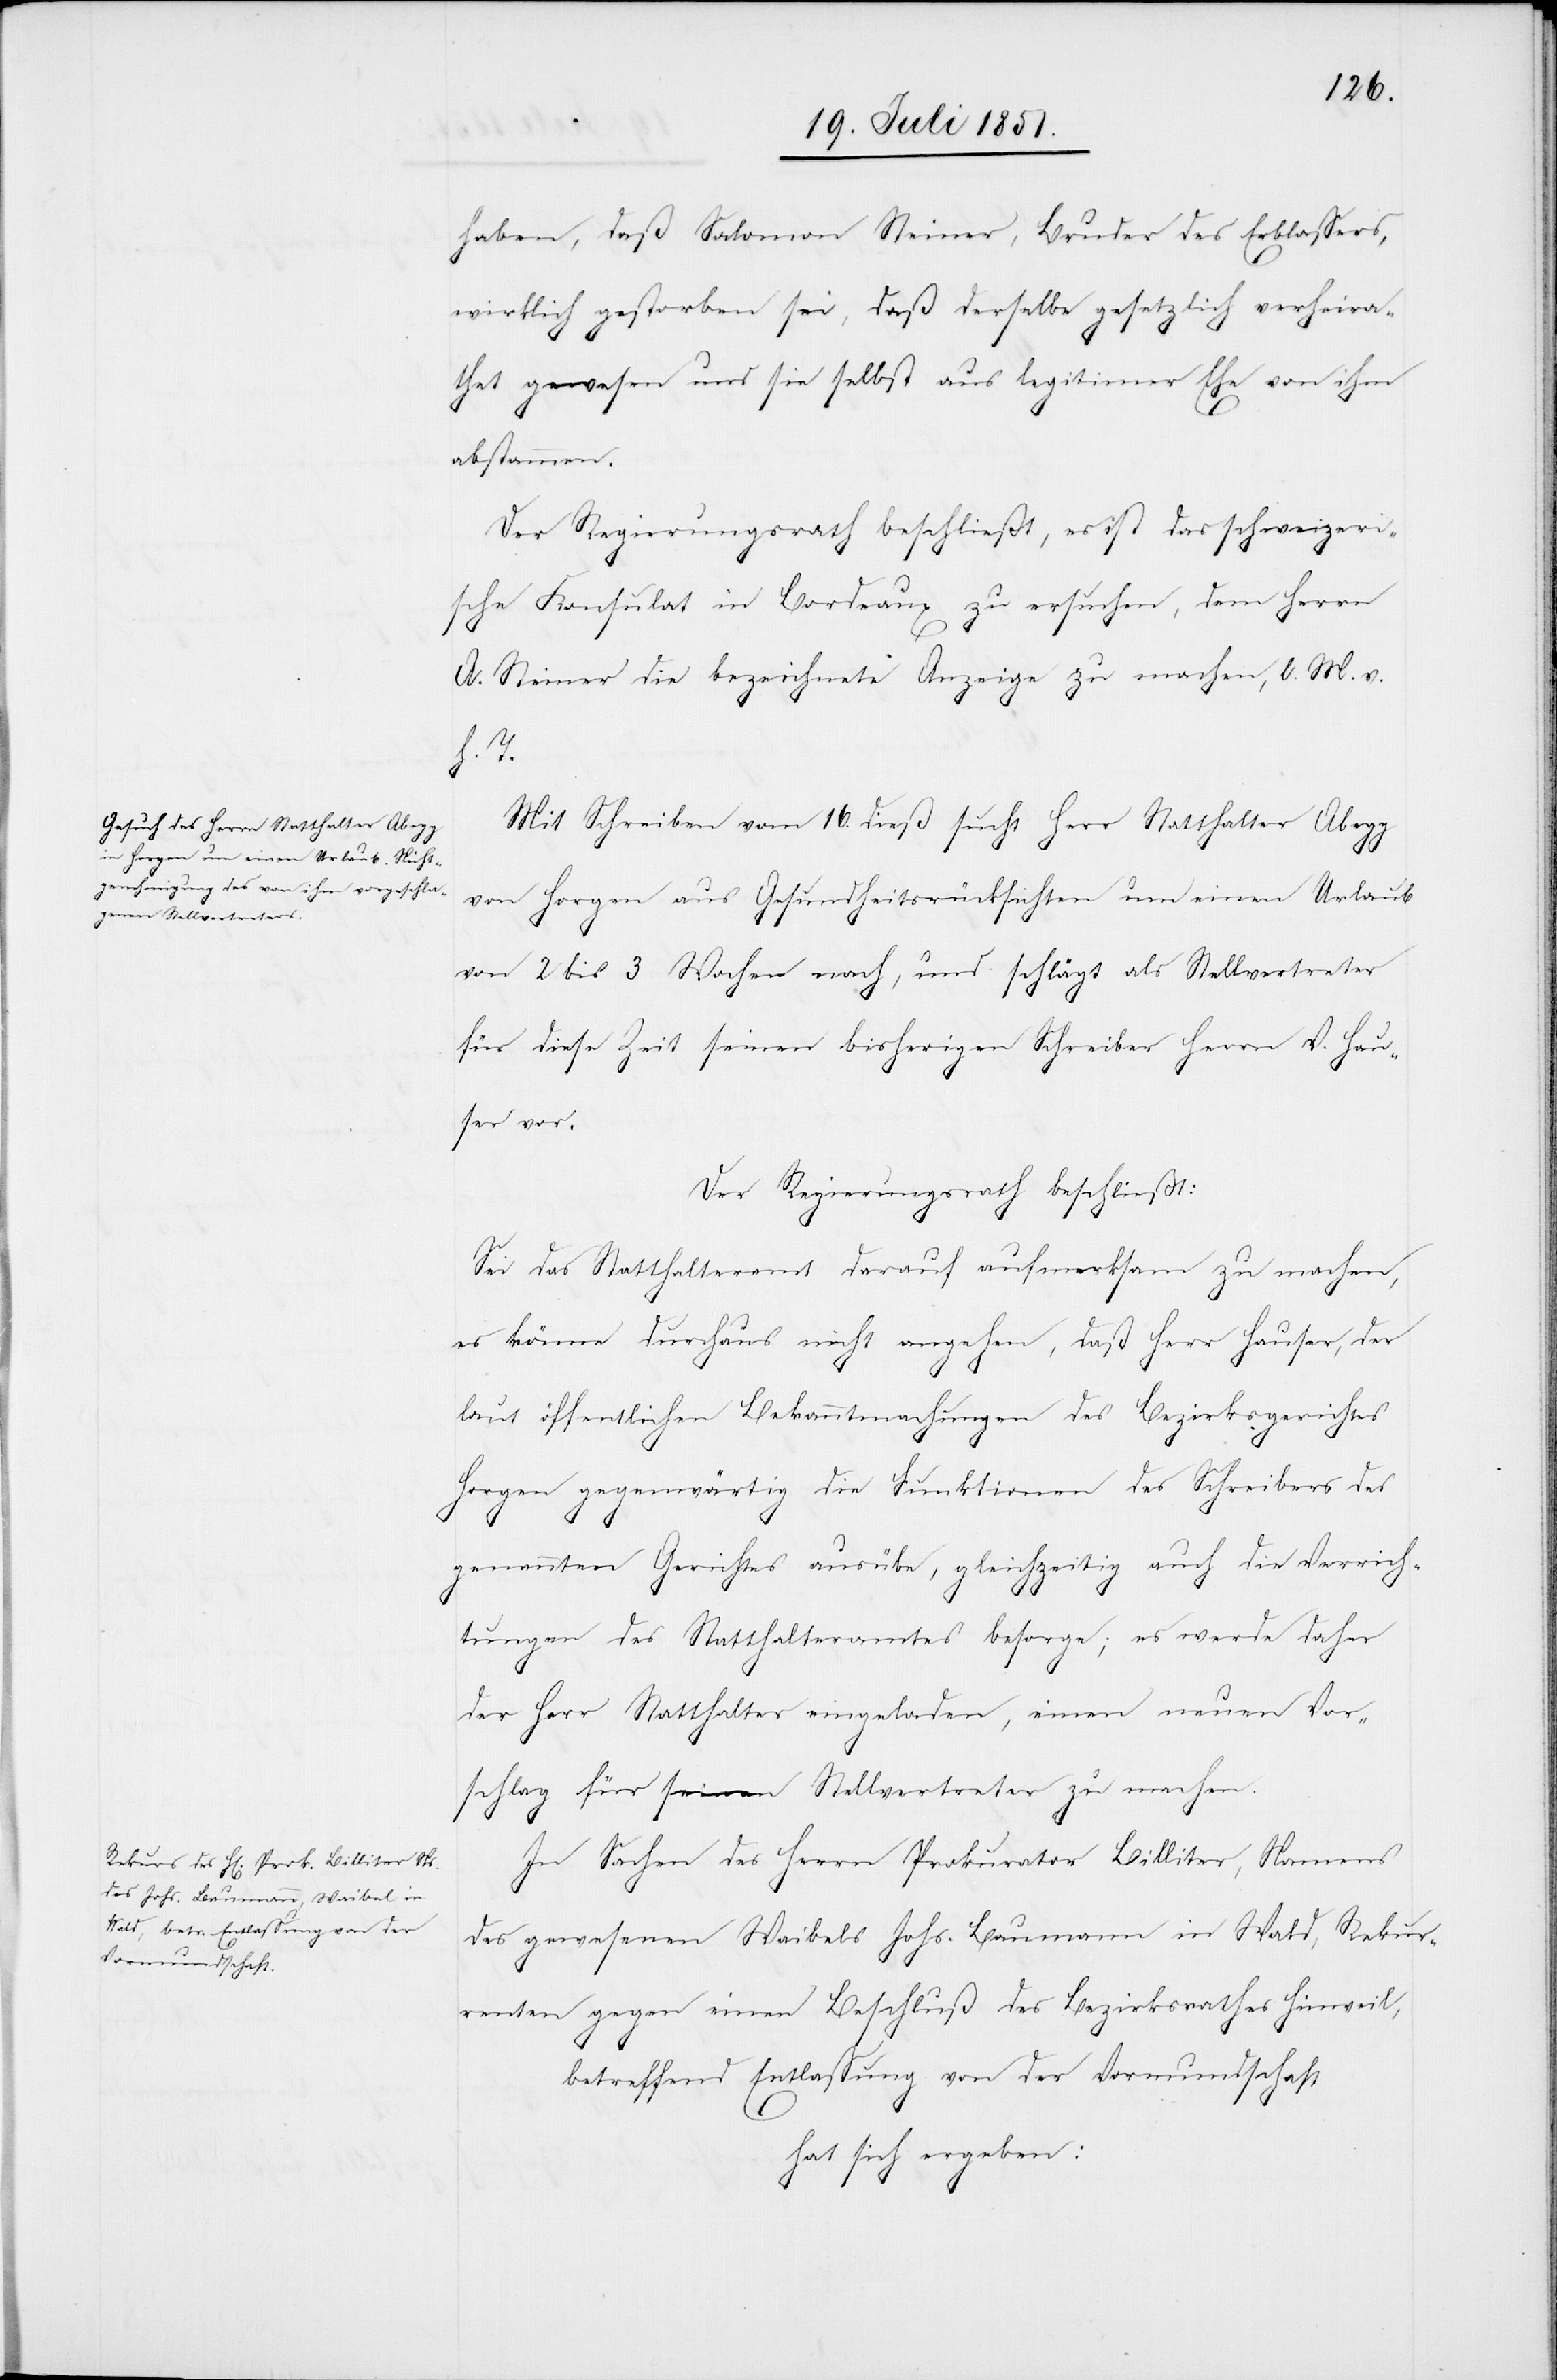
haben, daß Salomon Steiner, Bruder des Erblassers,
wirklich gestorben sei, daß derselbe gesetzlich verheira¬
thet gewesen und sie selbst aus legitimer Ehe von ihm
abstammen.
Der Regierungsrath beschließt, es ist das schweizeri¬
sche Konsulat in Bordeaux zu ersuchen, dem Herrn
A. Steiner die bezeichnete Anzeige zu machen, l. M. v.
h. T.
Mit Schreiben vom 16. dieß sucht Herr Statthalter Abegg
von Horgen aus Gesundheitsrücksichten um einen Urlaub
von 2 bis 3 Wochen nach, und schlägt als Stellvertreter
für diese Zeit seinen bisherigen Schreiber Herrn V. Hau¬
ser vor.
Der Regierungsrath beschließt:
Sei das Statthalteramt darauf aufmerksam zu machen,
es könne durchaus nicht angehen, daß Herr Hauser, der
laut öffentlichen Bekanntmachungen des Bezirksgerichtes
Horgen gegenwärtig die Funktionen des Schreibers des
genannten Gerichtes ausübe, gleichzeitig auch die Verrich¬
tungen des Statthalteramtes besorge; es werde daher
der Herr Statthalter eingeladen, einen neuen Vor¬
schlag für seinen Stellvertreter zu machen.
In Sachen des Herrn Prokurator Billiter, Namens
des gewesenen Waibels Johs. Baumann in Wald, Rekur¬
renten gegen einen Beschluß des Bezirksrathes Hinweil,
betreffend Entlassung von der Vormundschaft
hat sich ergeben: